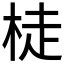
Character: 𱣙